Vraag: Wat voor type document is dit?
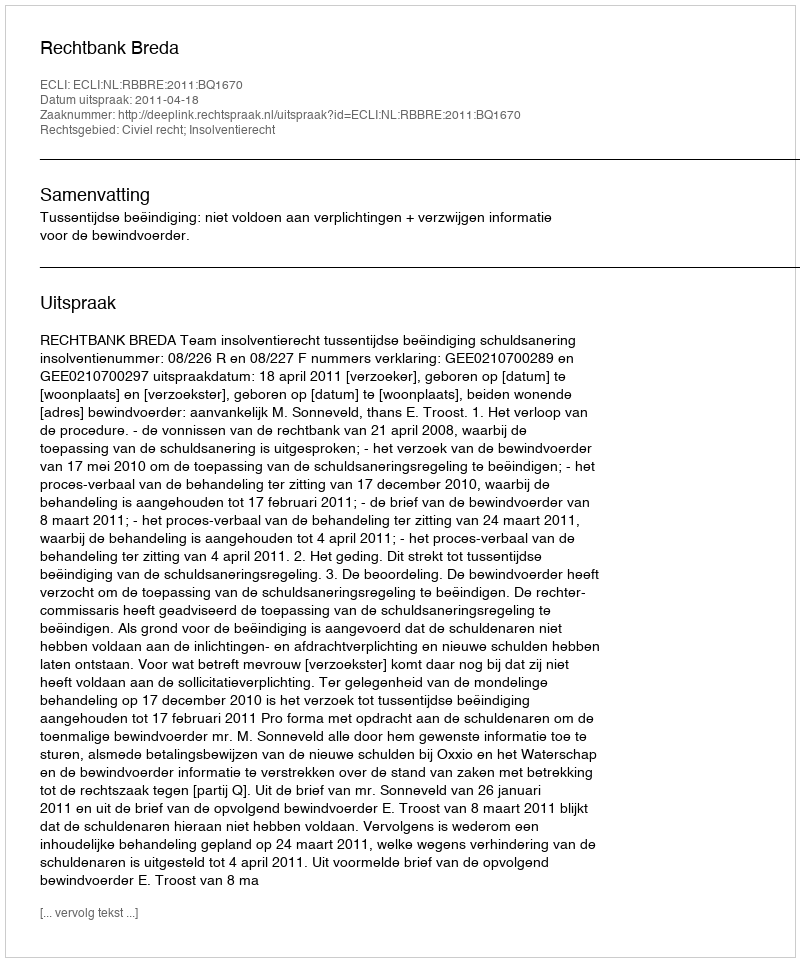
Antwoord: Uitspraak